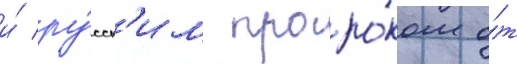
и́ ру́сск'им проро́ком о́т